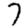
Digit: 7